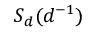
S _ { d } ( d ^ { - 1 } )